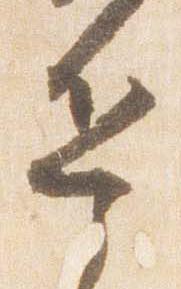
兵